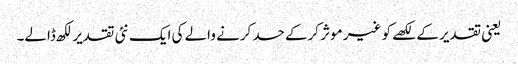
یعنی تقدیر کے لکھے کو غیر موثر کرکے حسد کرنے والے کی ایک نئی تقدیر لکھ ڈالے۔